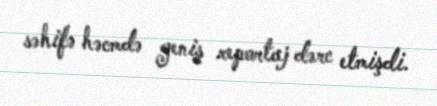
səhifə həcmdə geniş reportaj dərc etmişdi.